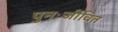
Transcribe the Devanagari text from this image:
पुनःजीवित